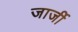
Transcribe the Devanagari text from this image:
जार्जी